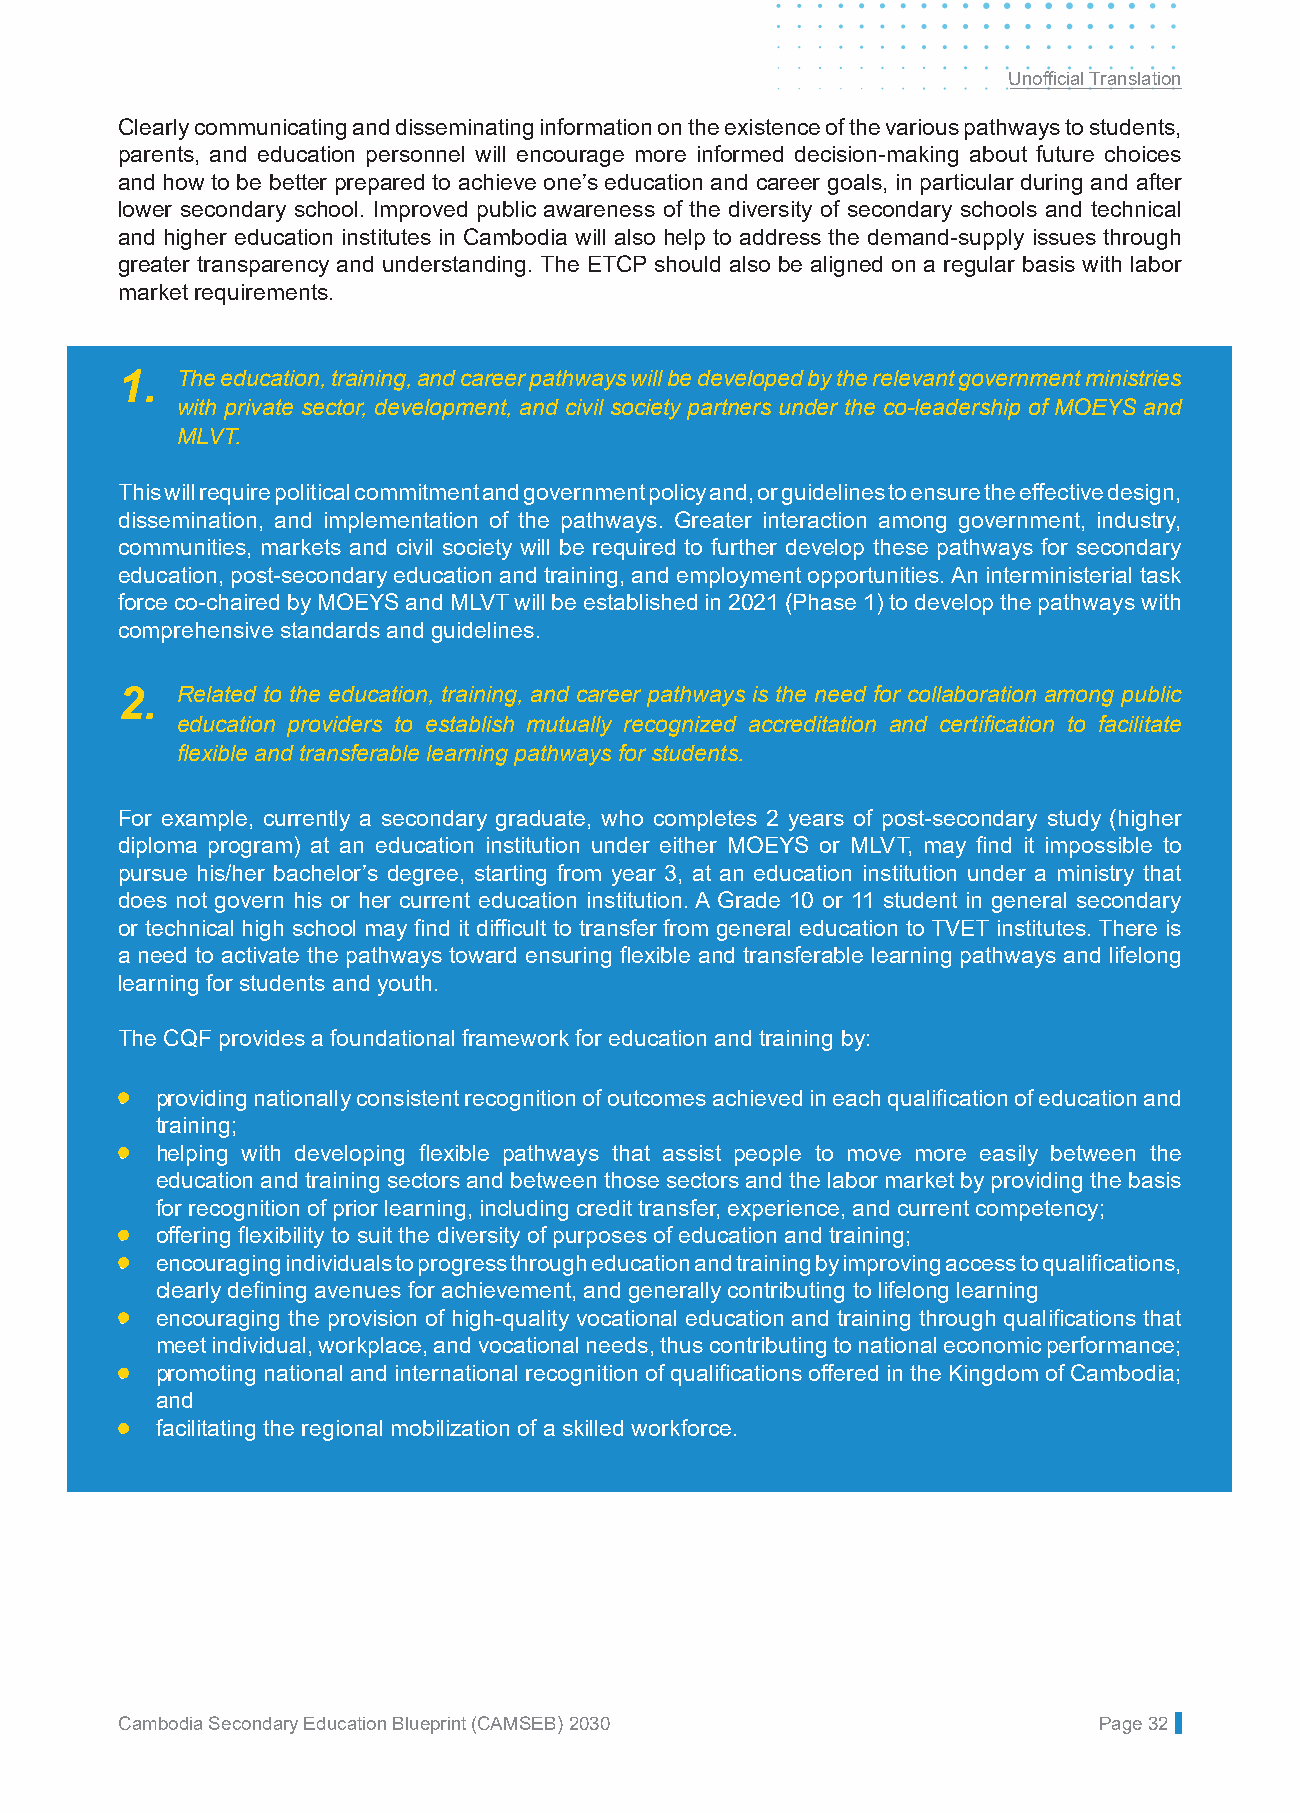
Unofficial Translation
 Clearly communicating and disseminating information on the existence of the various pathways to students,
 parents, and education personnel will encourage more informed decision-making about future choices
 and how to be better prepared to achieve one’s education and career goals, in particular during and after
 lower secondary school. Improved public awareness of the diversity of secondary schools and technical
 and higher education institutes in Cambodia will also help to address the demand-supply issues through
 greater transparency and understanding. The ETCP should also be aligned on a regular basis with labor
 market requirements.
 1.  The education, training, and career pathways will be developed by the relevant government ministries
 with private sector, development, and civil society partners under the co-leadership of MOEYS and
 MLVT.
 This will require political commitment and government policy and, or guidelines to ensure the effective design,
 dissemination, and implementation of the pathways. Greater interaction among government, industry,
 communities, markets and civil society will be required to further develop these pathways for secondary
 education, post-secondary education and training, and employment opportunities. An interministerial task
 force co-chaired by MOEYS and MLVT will be established in 2021 (Phase 1) to develop the pathways with
 comprehensive standards and guidelines.
 2.  Related to the education, training, and career pathways is the need for collaboration among public
 education providers to establish mutually recognized accreditation and certification to facilitate
 flexible and transferable learning pathways for students.
 For example, currently a secondary graduate, who completes 2 years of post-secondary study (higher
 diploma program) at an education institution under either MOEYS or MLVT, may find it impossible to
 pursue his/her bachelor’s degree, starting from year 3, at an education institution under a ministry that
 does not govern his or her current education institution. A Grade 10 or 11 student in general secondary
 or technical high school may find it difficult to transfer from general education to TVET institutes. There is
 a need to activate the pathways toward ensuring flexible and transferable learning pathways and lifelong
 learning for students and youth.
 The CQF provides a foundational framework for education and training by:
 • providing nationally consistent recognition of outcomes achieved in each qualification of education and
 training;
 • helping with developing flexible pathways that assist people to move more easily between the
 education and training sectors and between those sectors and the labor market by providing the basis
 for recognition of prior learning, including credit transfer, experience, and current competency;
 • offering flexibility to suit the diversity of purposes of education and training;
 • encouraging individuals to progress through education and training by improving access to qualifications,
 clearly defining avenues for achievement, and generally contributing to lifelong learning
 • encouraging the provision of high-quality vocational education and training through qualifications that
 meet individual, workplace, and vocational needs, thus contributing to national economic performance;
 • promoting national and international recognition of qualifications offered in the Kingdom of Cambodia;
 and
 • facilitating the regional mobilization of a skilled workforce.
 Cambodia Secondary Education Blueprint (CAMSEB) 2030             Page 32